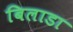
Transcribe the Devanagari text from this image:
बिलाडा